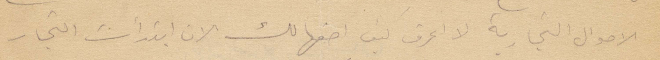
الأحوال التجارية لا اعرف كف اصفها لك الان ابتدأت التجار